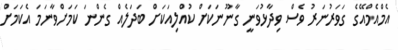
އެމްއެމްއޭގެ ގަވަރުނަރު ވެސް ވިދާޅުވަނީ ގާނޫނަކަށް ކުއްލިއަކަށް ބަދަލެއް ގެންނަ ކަމަށްވާނަމަ އެކަމަށް